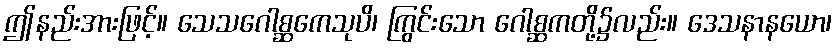
ဤနည်းအားဖြင့်။ သေသဂေါစ္ဆကေသုပိ၊ ကြွင်းသော ဂေါစ္ဆကတို့၌လည်း။ ဒေသနာနယော၊